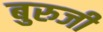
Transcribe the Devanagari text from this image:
बुरुजी